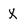
Character: x